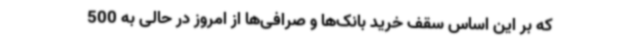
که بر این اساس سقف خرید بانک‌ها و صرافی‌ها از امروز در حالی به 500